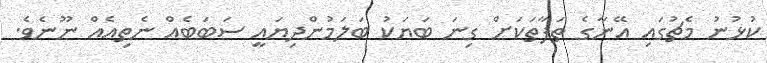
ކުޅުނު މެޗުގައި އޭނާގެ ތަފާތަކަށް ގިނަ ބަޔަކު ބަލަމުންދިޔައީ ސަބަބެއް ނެތިއެއް ނޫނެވެ.